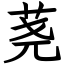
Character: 荛